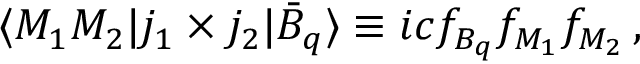
\langle M _ { 1 } M _ { 2 } | j _ { 1 } \times j _ { 2 } | \bar { B } _ { q } \rangle \equiv i c f _ { B _ { q } } f _ { M _ { 1 } } f _ { M _ { 2 } } \, ,